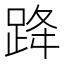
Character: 跭